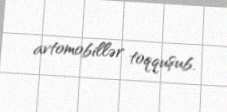
avtomobillər toqquşub.